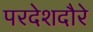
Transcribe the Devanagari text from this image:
परदेशदौरे